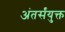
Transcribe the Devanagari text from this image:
अंतर्संयुक्त